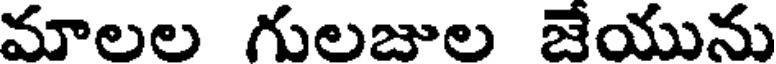
మాలల గులజుల జేయును